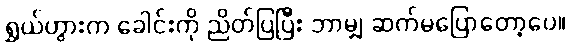
ရွှယ်ဟွားက ခေါင်းကို ညိတ်ပြပြီး ဘာမျှ ဆက်မပြောတော့ပေ။